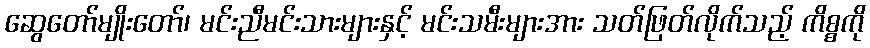
ဆွေတော်မျိုးတော်၊ မင်းညီမင်းသားများနှင့် မင်းသမီးများအား သတ်ဖြတ်လိုက်သည့် ကိစ္စကို